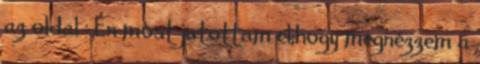
az oldal : Én most jutottam el,hogy megnézzem a